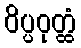
ဝိပ္ပဝုတ္ထံ